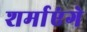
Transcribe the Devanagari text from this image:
शर्माएंगे